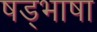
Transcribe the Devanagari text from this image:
षड्भाषा